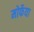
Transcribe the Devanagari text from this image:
मोर्फेया